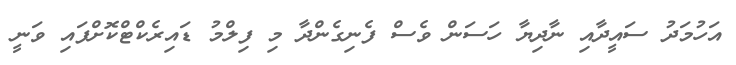
އަހުމަދު ސައީދާއި ނާދިޔާ ހަސަން ވެސް ފެނިގެންދާ މި ފިލްމު ޑައިރެކްޓްކޮށްފައި ވަނީ